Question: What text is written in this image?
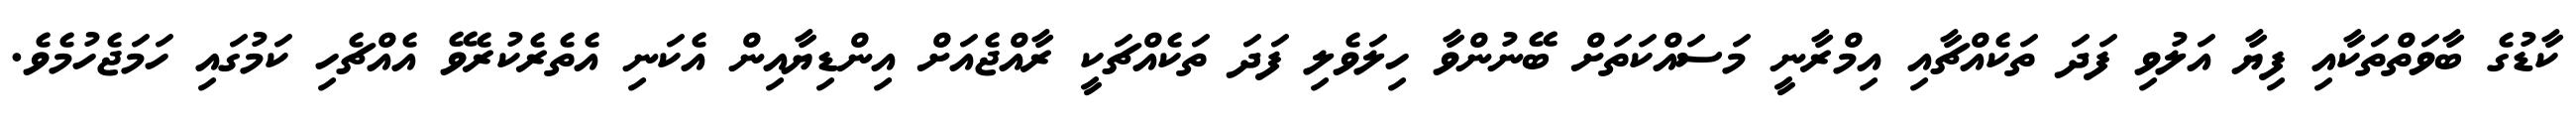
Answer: ކާޑުގެ ބާވަތްތަކާއި ފިޔާ އަލުވި ފަދަ ތަކެއްޗާއި އިމްރާނީ މަސައްކަތަށް ބޭނުންވާ ހިލަވެލި ފަދަ ތަކެއްޗަކީ ރާއްޖެއަށް އިންޑިޔާއިން އެކަނި އެތެރެކުރެވޭ އެއްޗެހި ކަމުގައި ހަމަޖެހުމެވެ.